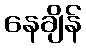
နေချိန်